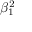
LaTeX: \beta _ { 1 } ^ { 2 }